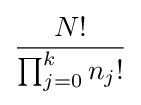
{\frac {N!}{\prod _{j=0}^{k}n_{j}!}}